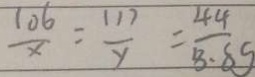
\frac { 1 0 6 } { x } = \frac { 1 1 7 } { y } = \frac { 4 4 } { 8 . 8 g }